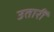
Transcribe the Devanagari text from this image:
उतारीं